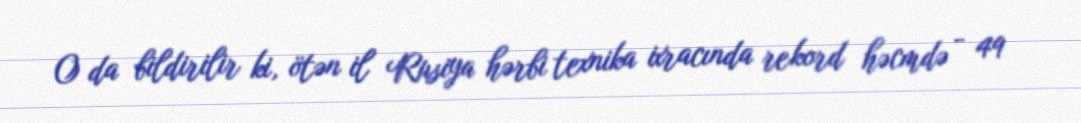
O da bildirilir ki, ötən il Rusiya hərbi texnika ixracında rekord həcmdə - 49